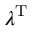
\lambda ^ { \mathrm { { T } } }